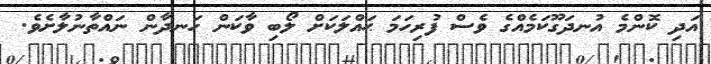
އަދި ކޮންމެ އުނދަގޫކަމެއްގެ ވެސް ފުރިހަމަ ޙައްލަކަށް ލޯބި ވާކަން ހަނދާން ނައްތާނުލާށެވެ.